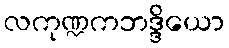
လကုဏ္ဍကဘဒ္ဒိယော